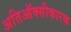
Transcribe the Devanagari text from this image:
अतिऑक्सीकारक